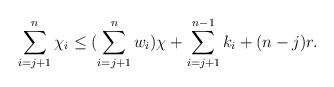
LaTeX: \begin{align*}\sum\limits_{i = j+1}^n \chi_i \leq (\sum\limits_{i= j+1}^n w_i) \chi + \sum\limits_{i = j+1}^{n-1}k_i + (n-j)r.\end{align*}